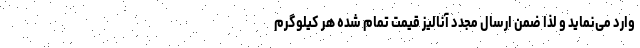
وارد می‌نماید و لذا ضمن ارسال مجدد آنالیز قیمت تمام شده هر کیلوگرم